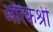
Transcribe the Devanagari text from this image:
अरिकेश्री